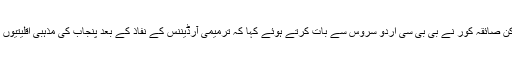
فیصل آباد میں مقیم سکھ برادری کی سرگرم کارکن صائقہ کور نے بی بی سی اردو سروس سے بات کرتے ہوئے کہا کہ ترمیمی آرڈیننس کے نفاذ کے بعد پنجاب کی مذہبی اقلیتیوں کے لیے جمہوری نظام میں کوئی حصہ نہیں رہا۔